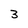
Character: 3